Leningradi_Edasi_toimetus, lk 106
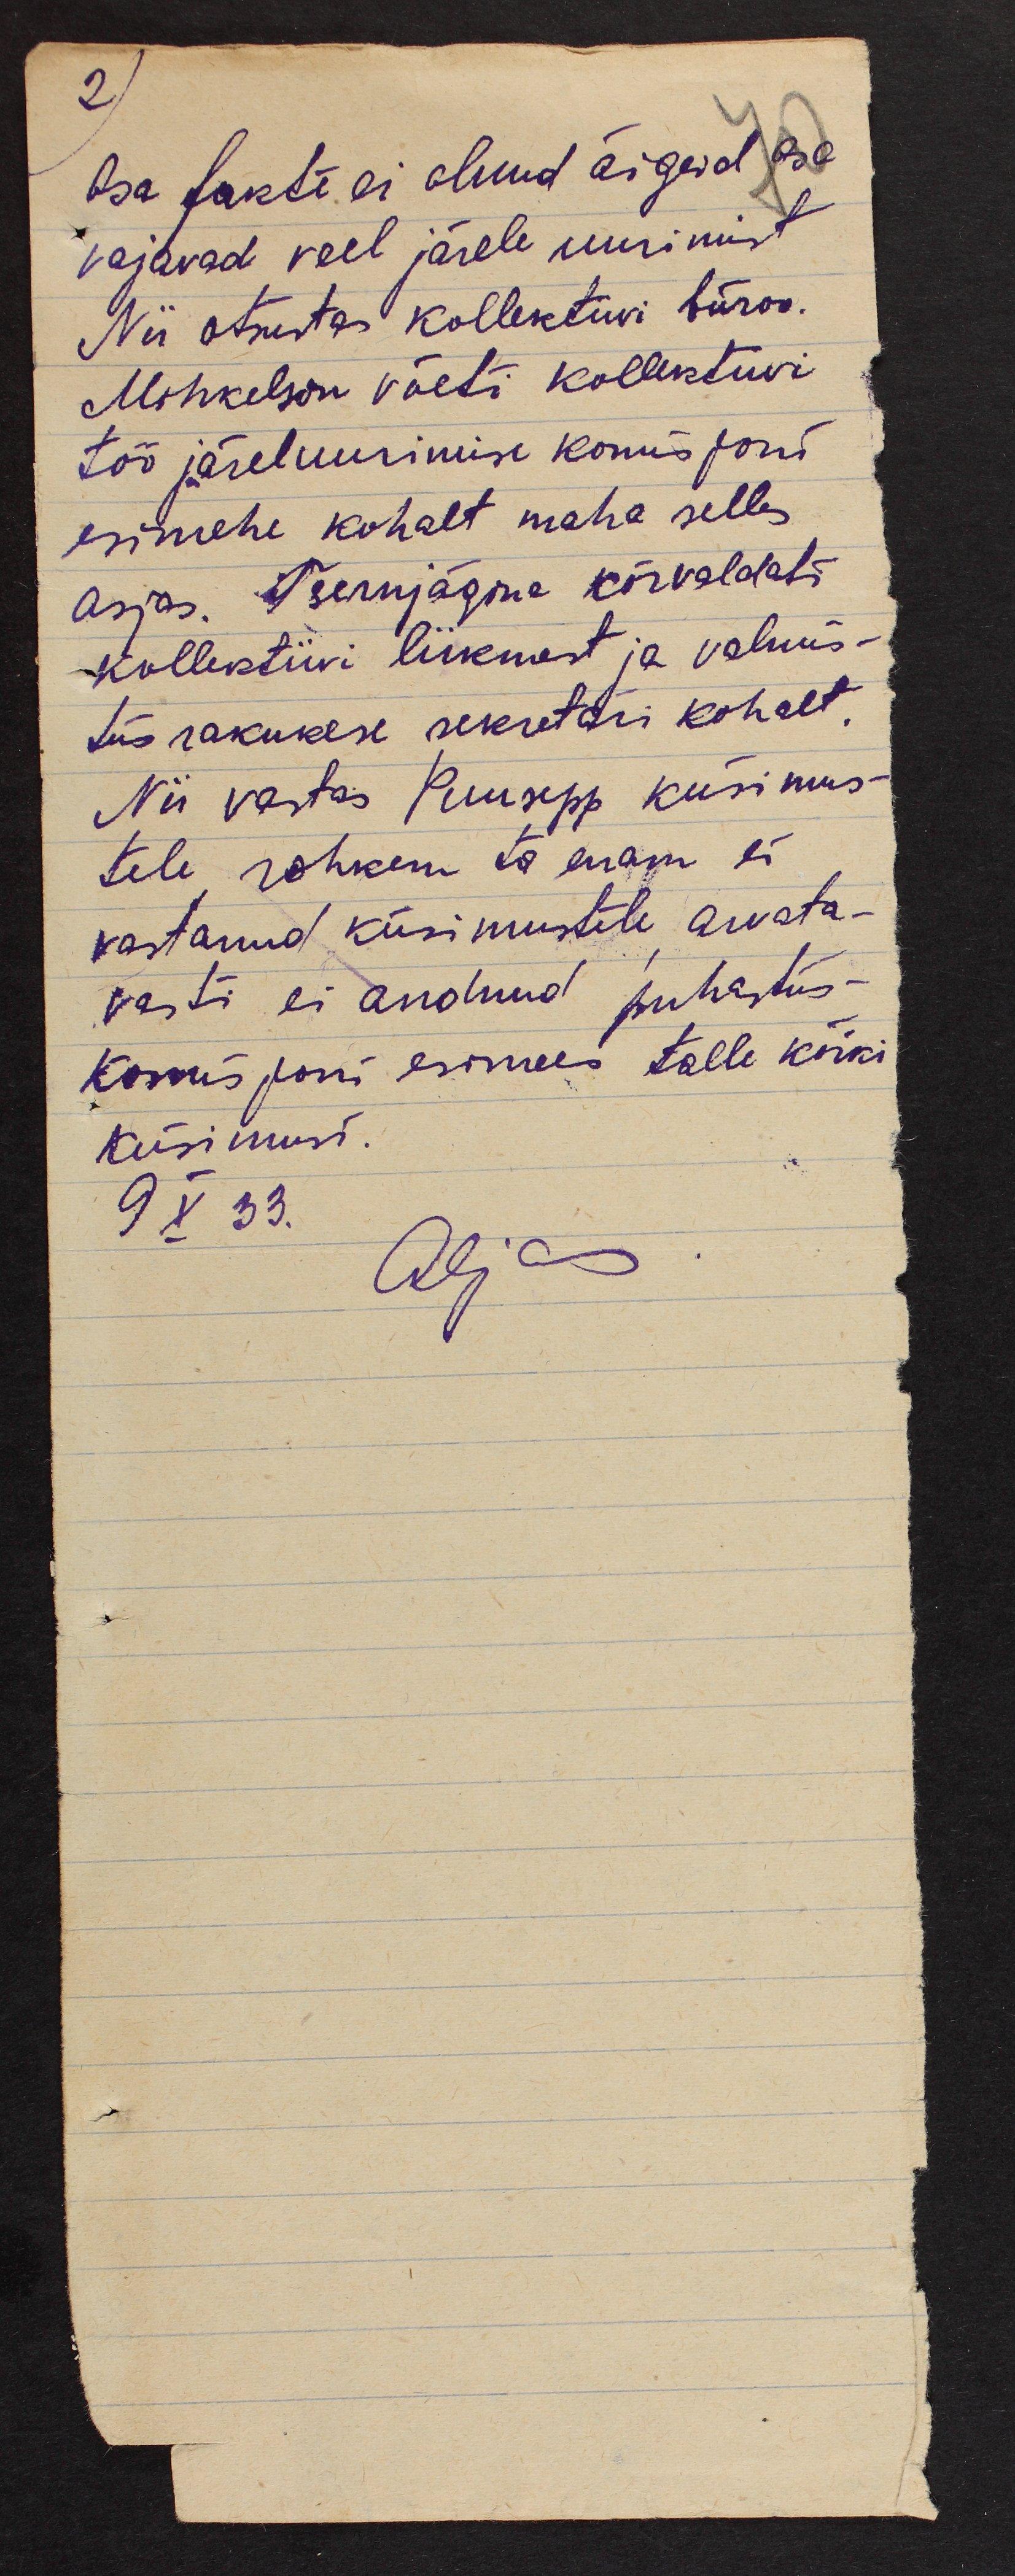
2)
Osa fakte ei olnud õigeid osa
vajavad veel järele uurimist
Nii otsustas kollektiivi büroo.
Mihkelson võeti kollektiivi
töö järeluurimise komisjoni
esimehe kohalt maha selles
asjas. Tšernjägina kõrvaldati
kollektiivi liikmest ja valmis-
tusrakukese sekretäri kohalt.
Nii vastas Puusepp küsimus-
tele, rohkem ta enam ei
vastanud küsimustele, arvata-
vasti ei andnud puhatus-
komisjoni esimees talle kõiki
küsimusi.
9 X 33.
Aljas.